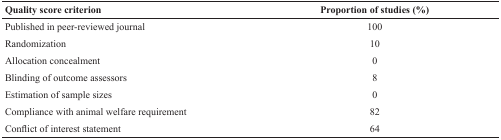
<table><thead><tr><td><b>Quality score criterion</b></td><td><b>Proportion of studies (%)</b></td></tr></thead><tbody><tr><td>Published in peer-reviewed journal</td><td>100</td></tr><tr><td>Randomization</td><td>10</td></tr><tr><td>Allocation concealment</td><td>0</td></tr><tr><td>Blinding of outcome assessors</td><td>8</td></tr><tr><td>Estimation of sample sizes</td><td>0</td></tr><tr><td>Compliance with animal welfare requirement</td><td>82</td></tr><tr><td>Conflict of interest statement</td><td>64</td></tr></tbody></table>